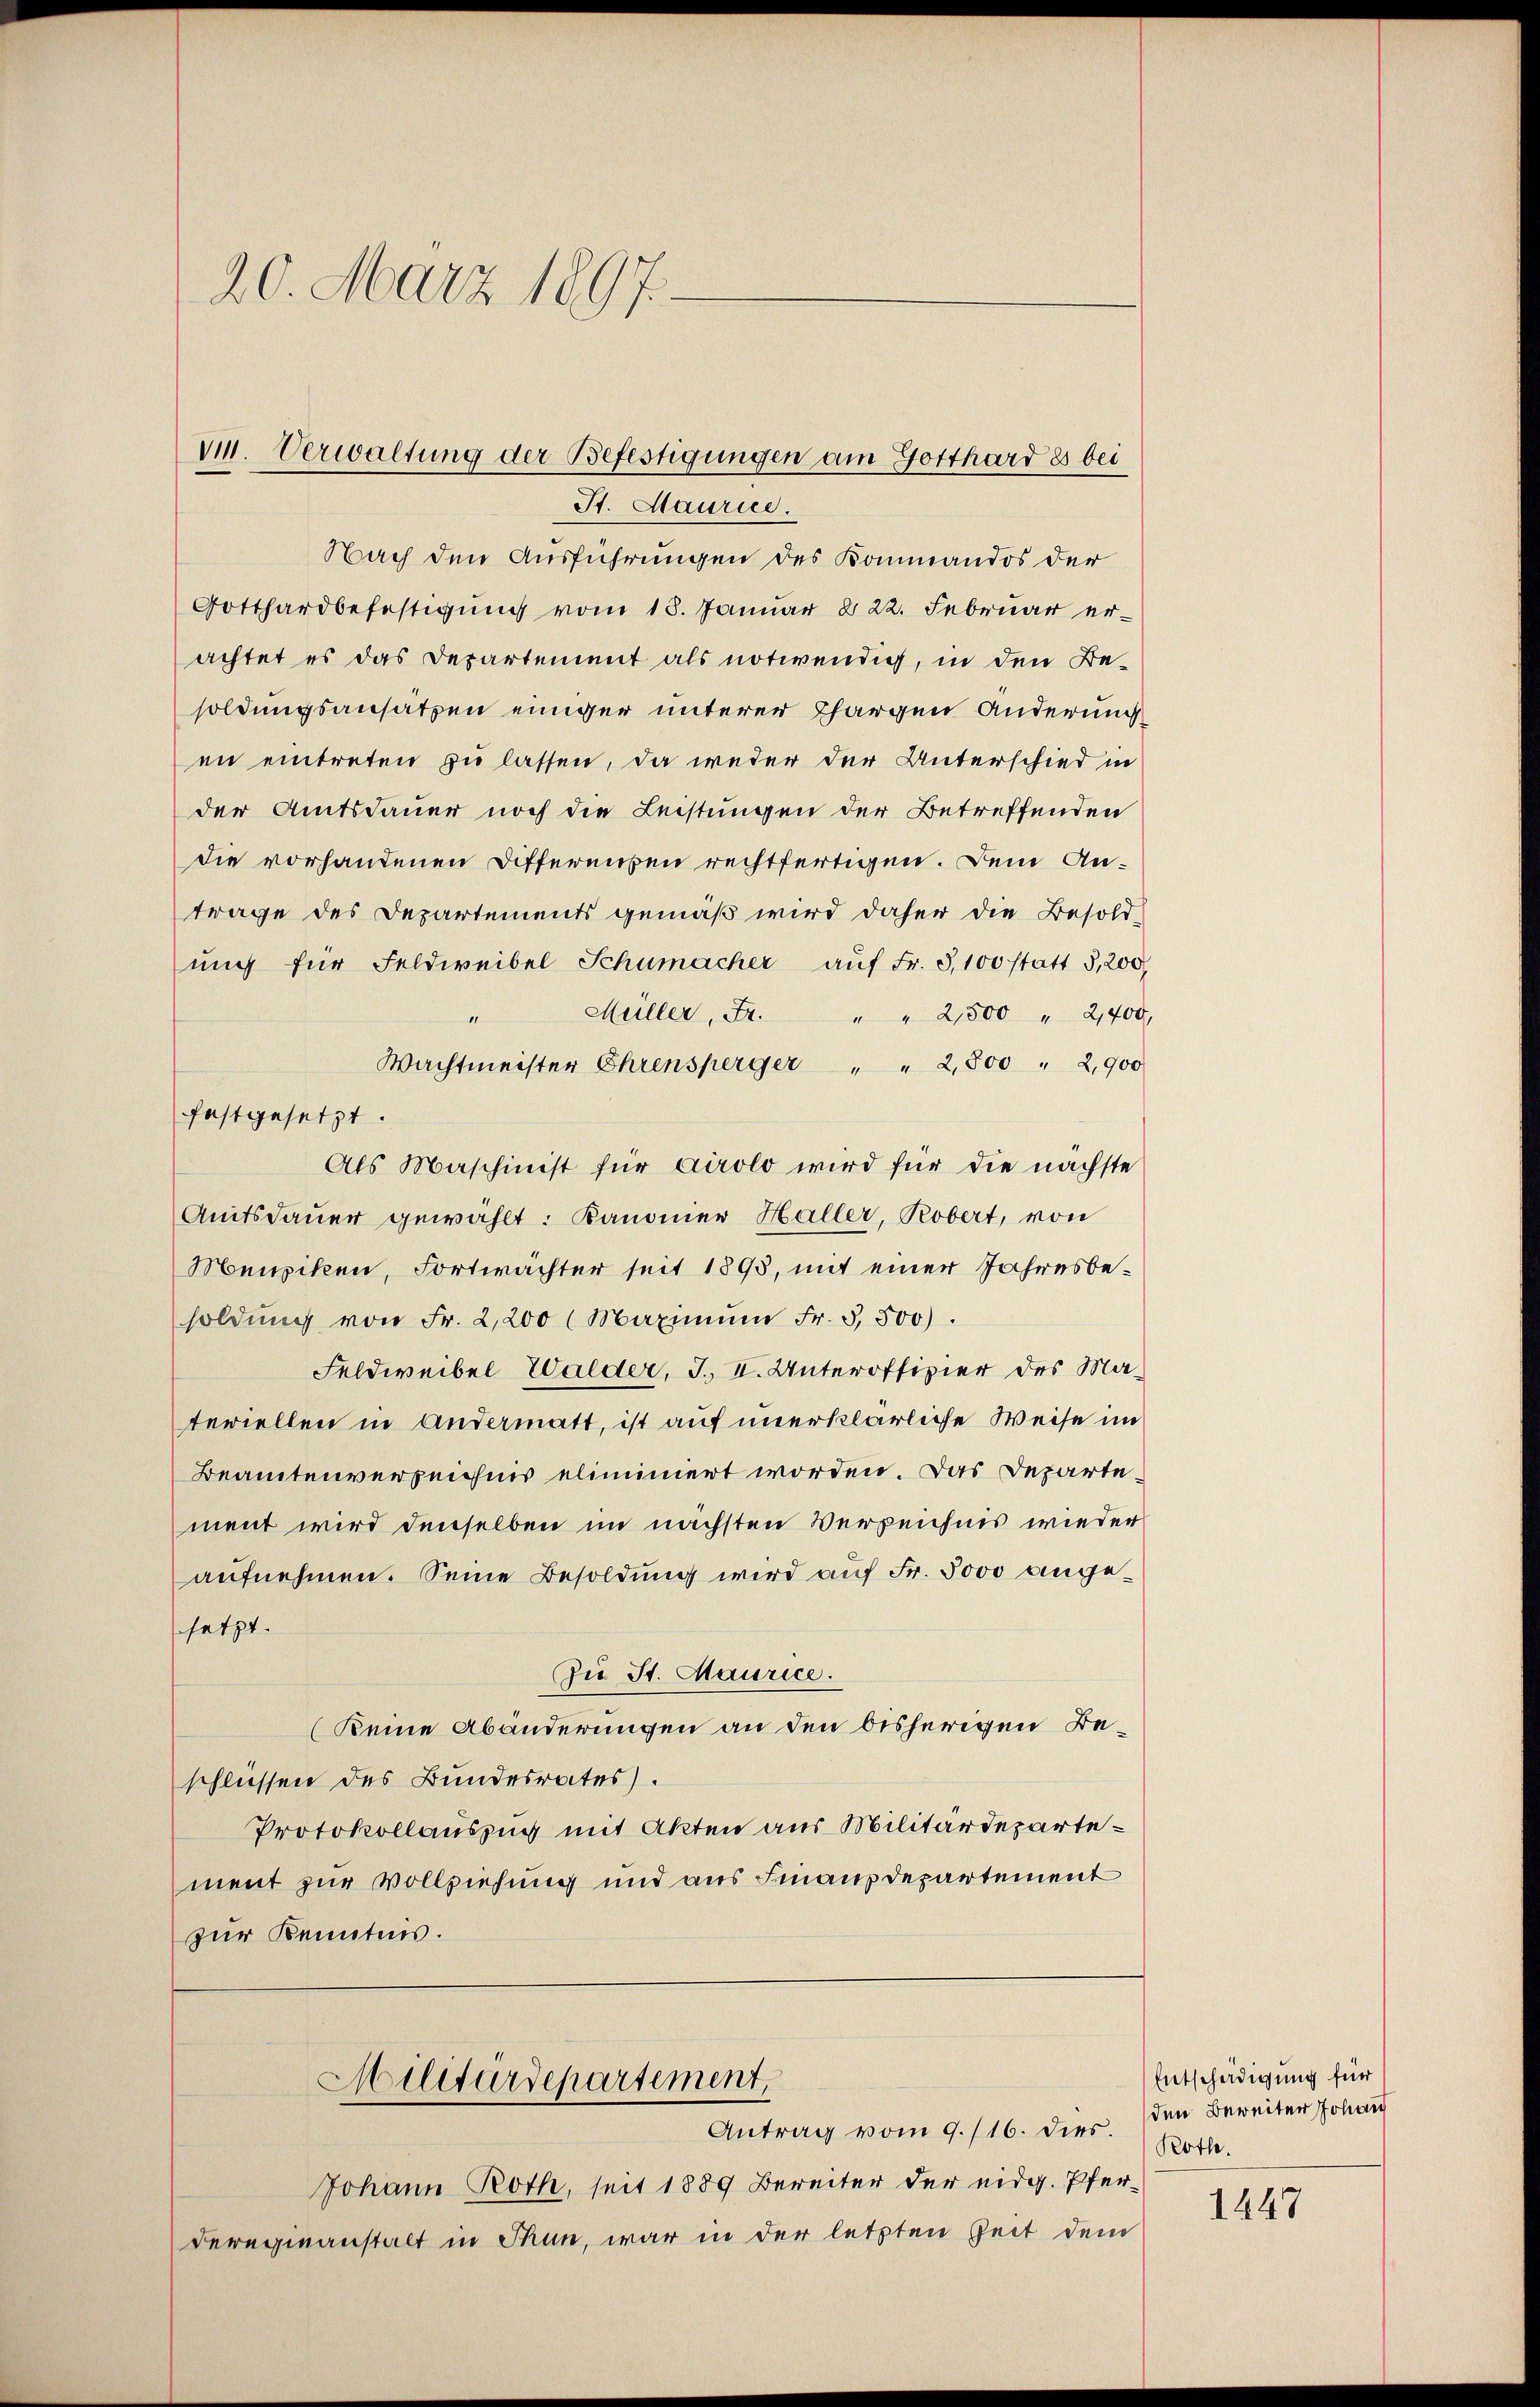
20. März 1897.

Nach den Ausführungen des Kommandos der
Gotthardbefestigung vom 18. Januar 222. Februar erachtet es das Departement als notwendig, in den Besoldungsansätzen einiger unterer Chargen Änderung
en eintreten zu lassen, da weder der Unterschied in
der Amtsdauer noch die Leistungen der Betreffenden
die vorhandenen Differenten rechtfertigen. Dem Antrage des Departements gemäß wird daher die Besold-
ŭng für Feldweibel Schumacher aŭf Fr. 3,100 statt 5,200,
Müller, Fr. " " 2,500 " 2,400,
1
Wachtmeister Ehrensperger " " 2,500 " 2,900
Als Maschinist für Airolo wird für die nächste
Amtsdauer gewählt: Kanoner Haller, Probert, von
Menziken, Fortwächter seit 1895, mit einer Jahresbesoldŭng von Fr. 2,200 (Maximŭm Fr. 5500).
Feldweibel Walder, J. II. Unteroffizier des Ma-
teriellen in Andermatt, ist auf unerklärliche Weise im
Beamtenverzeichnis eliminiert worden. Das Departement wird denselben im nächsten Verzeichnis wieder
aufnehmen. Seine Besoldung wird auf Fr. 3000 angessetzt.
Zu St. Maurice.
(Keine Abänderungen an den bisherigen Beschlüssen des Bundesrates).
Protokollauszug mit Akten aus Militärdepartement zur Vollziehung und aus Finanzdepartement
zur Kenntnis.
Militärdepartement,
Antrag vom 9./16. dies.
Johann Roth, seit 1889 Bereiter der eidg. Pfer¬
Deregieanstalt in Thun, war in der letzten Zeit dem

1. Verwaltung der Befestigungen am Gotthard es bei
St. Maurice.

festgesetzt.

Entschädigung für
den Beweiter Johan
Roth.

1447